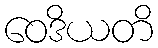
ဝေဒိယတိ